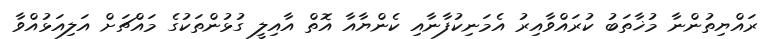
ރައްޔިތުންނާ މުޚާތަބު ކުރައްވާއިރު އެމަނިކުފާނާއި ކެންޔާއާ އޮތް އާއިލީ ގުޅުންތަކުގެ މައްޗަށް އަލިއަޅުއްވާ